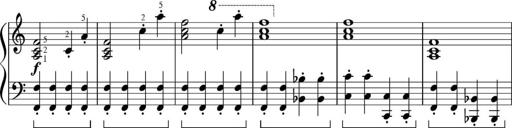
Title: Sonatinas
Composer: Andrew Violette